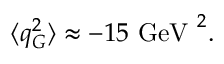
\langle q _ { G } ^ { 2 } \rangle \approx - 1 5 \mathrm { \ G e V \ } ^ { 2 } .